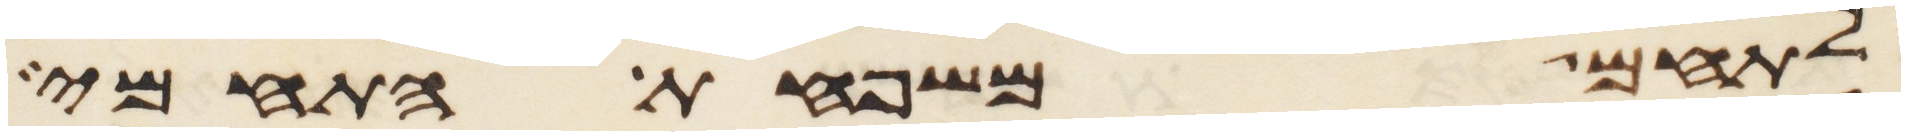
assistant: לתחם משפחת התחמי